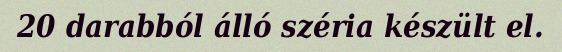
20 darabból álló széria készült el.